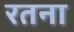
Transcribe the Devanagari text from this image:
रतना